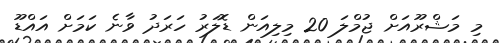
މި މަޝްރޫއަށް ޖުމްލަ 20 މިލިއަން ޑޮލަރު ހަރަދު ވާނެ ކަމަށް އައްޑޫ